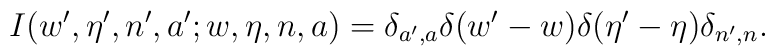
I(w',\eta',n',a' ;w,\eta,n,a ) =\delta_{a',a} \delta(w' - w)\delta(\eta' - \eta)\delta_{n',n}.